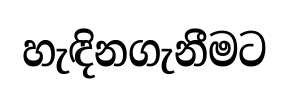
හැඳිනගැනීමට